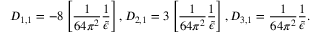
D _ { 1 , 1 } = - 8 \left[ \frac { 1 } { 6 4 \pi ^ { 2 } } \frac { 1 } { \widetilde \epsilon } \right] , D _ { 2 , 1 } = 3 \left[ \frac { 1 } { 6 4 \pi ^ { 2 } } \frac { 1 } { \widetilde \epsilon } \right] , D _ { 3 , 1 } = \frac { 1 } { 6 4 \pi ^ { 2 } } \frac { 1 } { \widetilde \epsilon } .